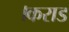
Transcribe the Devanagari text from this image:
।कराड